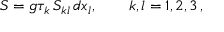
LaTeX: S = g \tau _ { k } \, S _ { k l } \, d x _ { l } , \qquad k , l = 1 , 2 , 3 \, ,